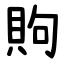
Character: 䝭